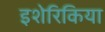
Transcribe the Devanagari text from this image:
इशेरिकिया